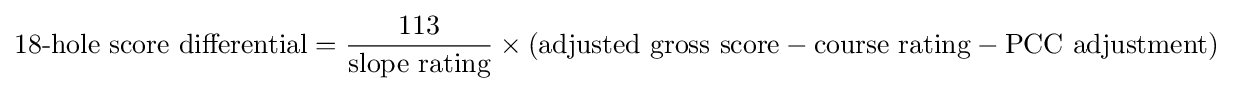
{\mbox{18-hole score differential}}={\frac {\mbox{113}}{\mbox{slope rating}}}\times ({\mbox{adjusted gross score}}-{\mbox{course rating}}-{\mbox{PCC adjustment}})